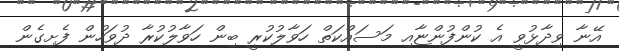
އޭނާ ވިދާޅުވީ އެ ކުންފުންޏާއި މަސައްކަތް ހަވާލުކުރީ ބިން ހަވާލުކުރާ ދުވަހުން ފެށިގެން